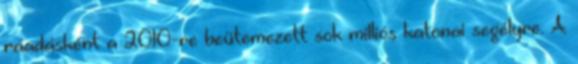
ráadásként a 2010-re beütemezett sok milliós katonai segélyre. A